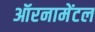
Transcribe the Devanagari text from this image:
ऑरनामेंटल